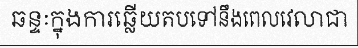
ឆន្ទៈក្នុងការឆ្លើយតបទៅនឹងពេលវេលាជា